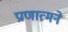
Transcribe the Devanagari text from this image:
प्राणात्मने